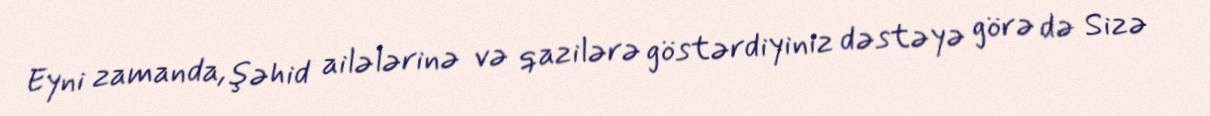
Eyni zamanda, şəhid ailələrinə və qazilərə göstərdiyiniz dəstəyə görə də Sizə